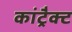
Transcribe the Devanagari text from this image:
कांट्रैक्ट